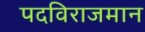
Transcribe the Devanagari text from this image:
पदविराजमान